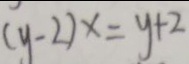
( y - 2 ) x = y + 2